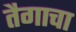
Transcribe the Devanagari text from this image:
तैगाचा